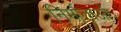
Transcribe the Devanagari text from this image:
निर्माताआें